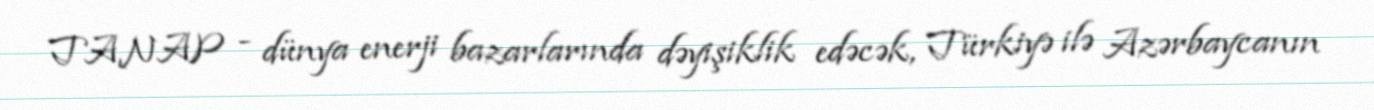
TANAP - dünya enerji bazarlarında dəyişiklik edəcək, Türkiyə ilə Azərbaycanın